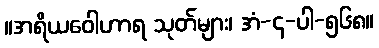
။အရိယဝေါဟာရ သုတ်များ၊ အံ-၄-ပါ-၅၆၈။